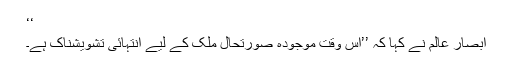
‘‘
ابصار عالم نے کہا کہ ’’اس وقت موجودہ صورتحال ملک کے لیے انتہائی تشویشناک ہے۔